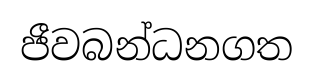
ජීවබන්ධනගත